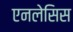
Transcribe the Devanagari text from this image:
एनलेसिस